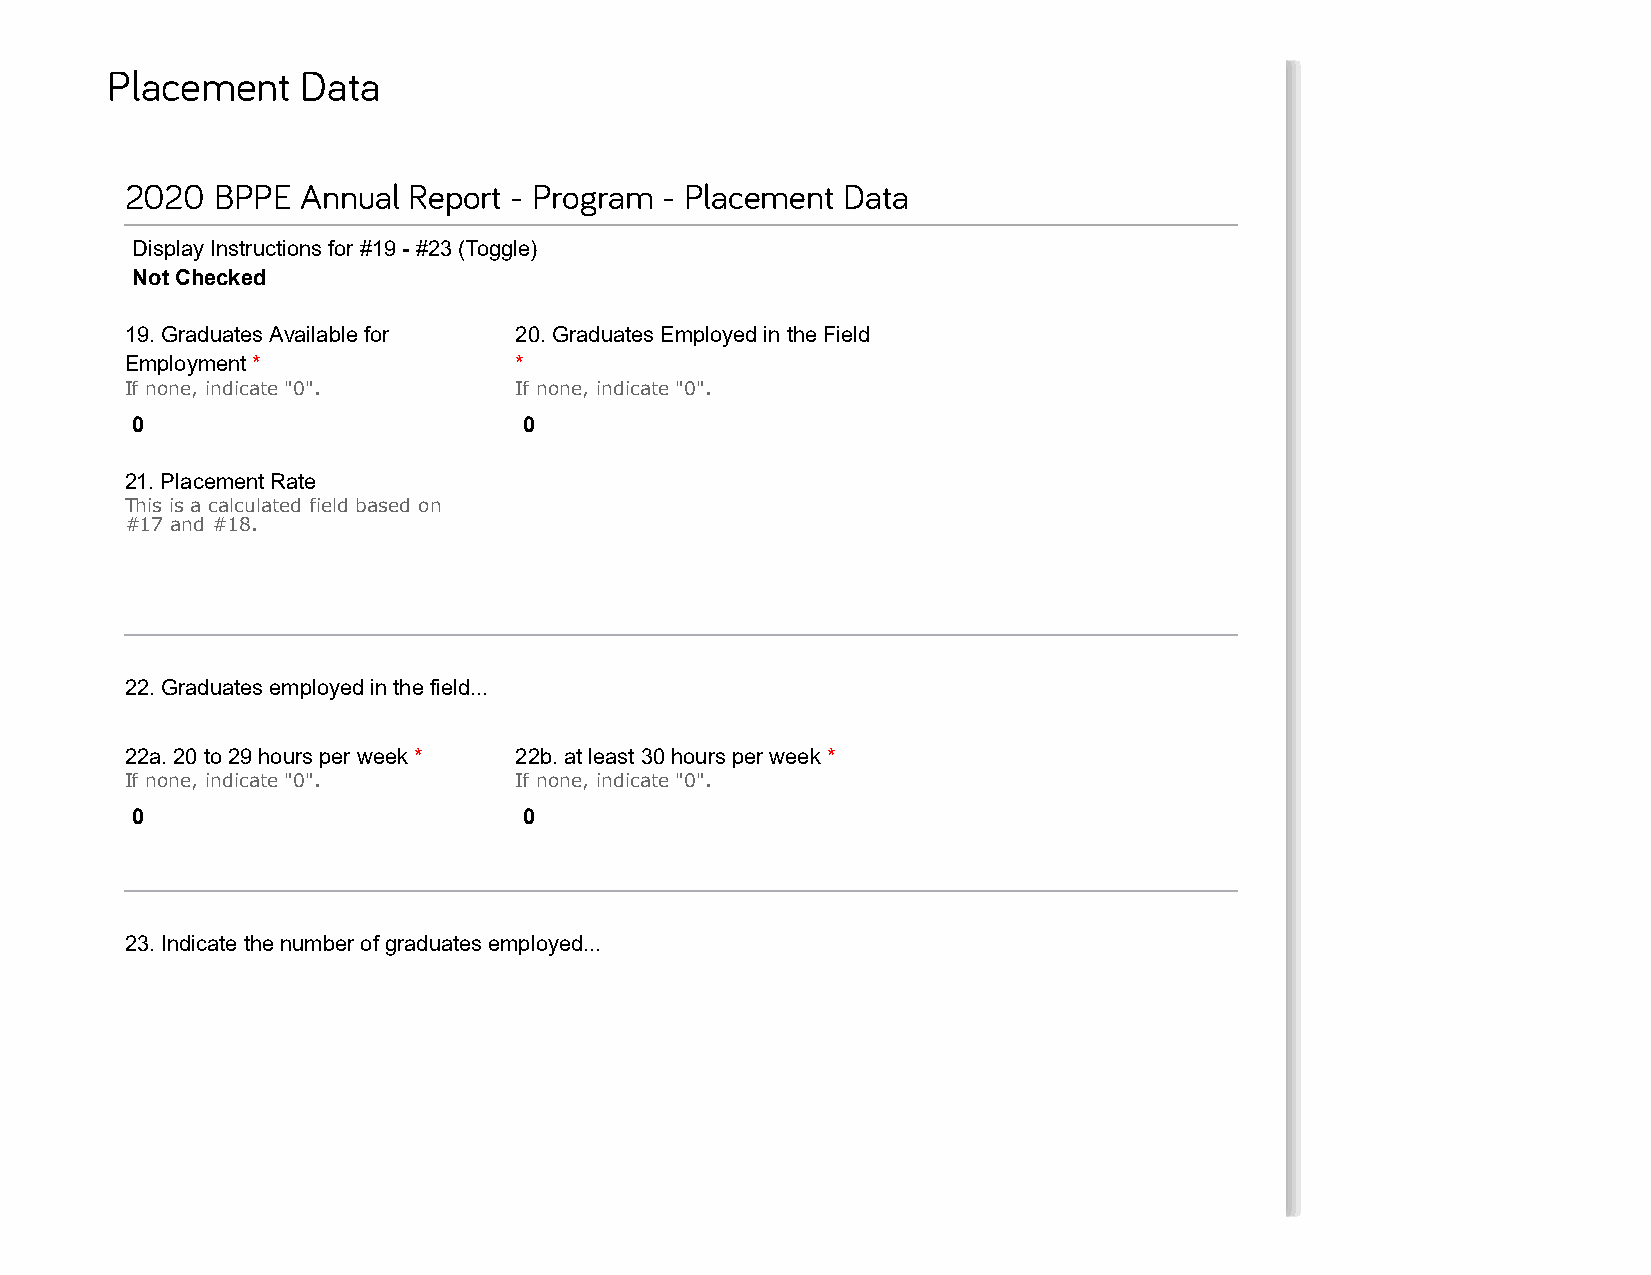
Placement    Data
 2020  BPPE  Annual Report - Program - Placement Data
 Display Instructions for #19 - #23 (Toggle)
 Not Checked
 19. Graduates Available for 20. Graduates Employed in the Field
 Employment *              *
 If none, indicate "0".    If none, indicate "0".
 0                         0
 21. Placement Rate
 This is a calculated field based on
 #17 and #18.
 22. Graduates employed in the field...
 22a. 20 to 29 hours per week * 22b. at least 30 hours per week *
 If none, indicate "0".    If none, indicate "0".
 0                         0
 23. Indicate the number of graduates employed...